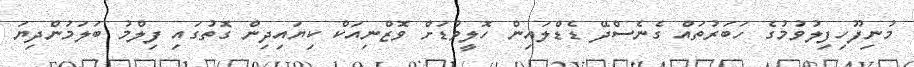
މުނިފޫހިފިލުވުމުގެ ހަބަރުތައް ގެނެސްދޭ ޑެޑްލައިން ހޮލީވުޑަށް ވޮޒްނިއަކް ކިޔައިދިން ގޮތުގައި ފިލްމު ބަލަމުންދިޔަ